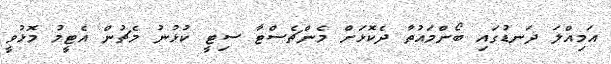
އަމިއްލަ ދަނޑުގައި ބޯންމައުތާ ދެކޮޅަށް މެންޗެސްޓާ ސިޓީ ކުޅުނު މެޗުން އެޓީމު މޮޅުވީ